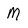
Character: M